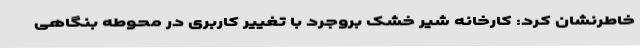
خاطرنشان کرد: کارخانه شیر خشک بروجرد با تغییر کاربری در محوطه بنگاهی